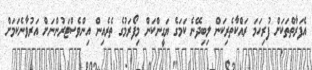
އެފަރާތްތަކަށް ފުރިހަމަ ރައްކާތެރިކަން ލިބިދޭނެ ކަމަގެ ޔަގީންކަން މިފޯރަމުގެ ތެރެއިން އިންވެސްޓަރުންނަށް އަރުވާނެކަމަށް